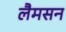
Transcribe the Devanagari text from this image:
लैमसन